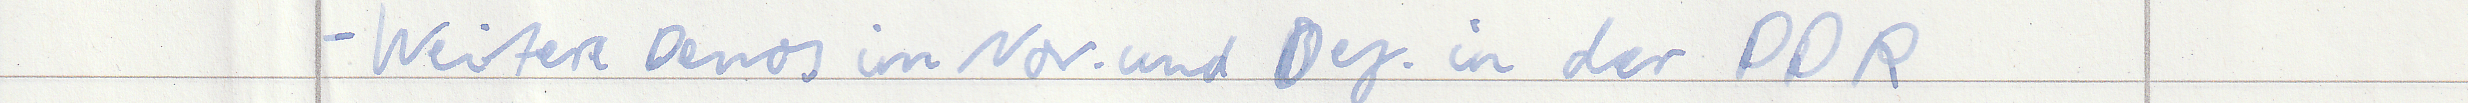
- Weitere Demos im Nov. und Dez. in der DDR